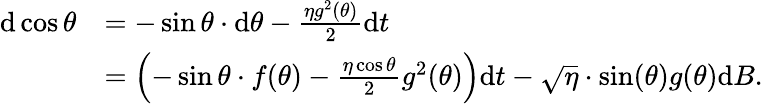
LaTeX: \begin{array}{rl}{\mathrm{d}\cos\theta}&{=-\sin\theta\cdot\mathrm{d}\theta-\frac{\eta g^{2}(\theta)}{2}\mathrm{d}t}\\ &{=\left(-\sin\theta\cdot f(\theta)-\frac{\eta\cos\theta}{2}g^{2}(\theta)\right)\mathrm{d}t-\sqrt{\eta}\cdot\sin(\theta)g(\theta)\mathrm{d}B.}\end{array}